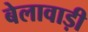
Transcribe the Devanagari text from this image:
बेलावाड़ी